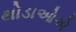
થોડાઓએ